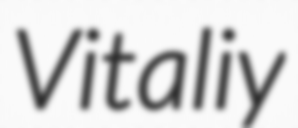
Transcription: Vitaliy